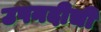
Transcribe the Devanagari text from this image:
उपनदीची